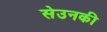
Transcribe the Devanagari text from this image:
सेउनकी